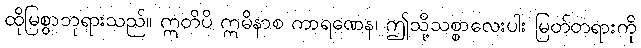
ထိုမြစွာဘုရားသည်။ ဣတိပိ ဣမိနာစ ကာရဏေန၊ ဤသို့သစ္စာလေးပါး မြတ်တရားကို